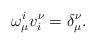
LaTeX: \begin{align*}\omega^i_{\mu}v_i^{\nu}=\delta_{\mu}^{\nu}.\end{align*}